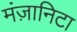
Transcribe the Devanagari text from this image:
मंज़ानिटा